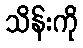
သိန်းကို